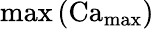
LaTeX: \operatorname*{max}\left(\operatorname{Ca}_{\operatorname*{max}}\right)